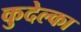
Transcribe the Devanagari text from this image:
कुदेल्का